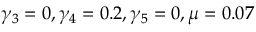
\gamma _ { 3 } = 0 , \gamma _ { 4 } = 0 . 2 , \gamma _ { 5 } = 0 , \mu = 0 . 0 7